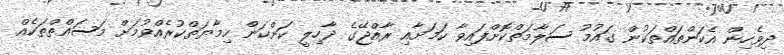
ދިވެހިން އެކަންތައްތަކުން ގައުމު ސަލާމަތްކޮށްފައިވާ ކަމަށާއި ރާއްޖޭގެ ދާހިލީ ކަންކަން ހިމާޔަތްކުރެއްވުމަށް މަސައްތްތަކެއް